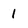
Character: 1